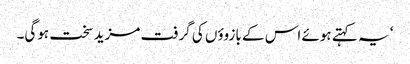
‘ یہ کہتے ہوئے اس کے بازوؤں کی گرفت مزید سخت ہوگی۔